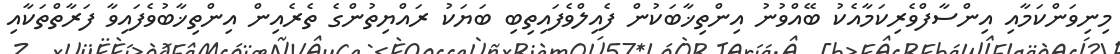
މިނިވަންކަމާއި އިންސާފްވެރިކަމާއެކު ބޭއްވުނު އިންތިޚާބަކުން ފެއިލްވެފައިތިބި ބަޔަކު ރައްޔިތުންގެ ތެރެއިން އިންތިޚާބުވެފައިވާ ފަރާތްތަކާއި